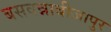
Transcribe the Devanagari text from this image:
बसवन्नाबीजापुर